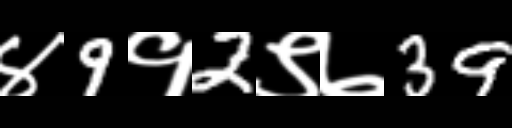
Text: ४9१2९७39